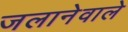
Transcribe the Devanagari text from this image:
जलानेवाले